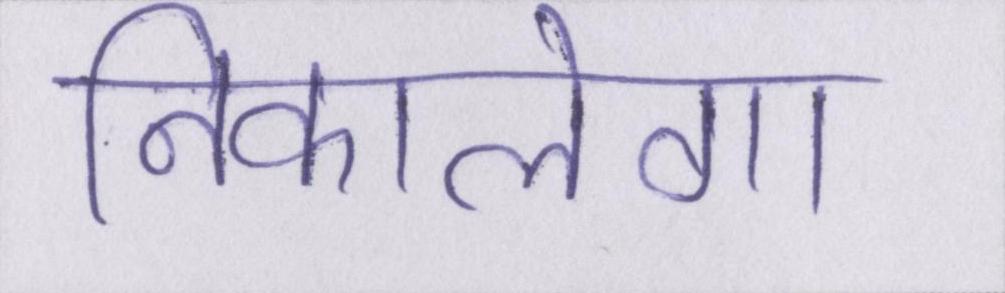
निकालेगा